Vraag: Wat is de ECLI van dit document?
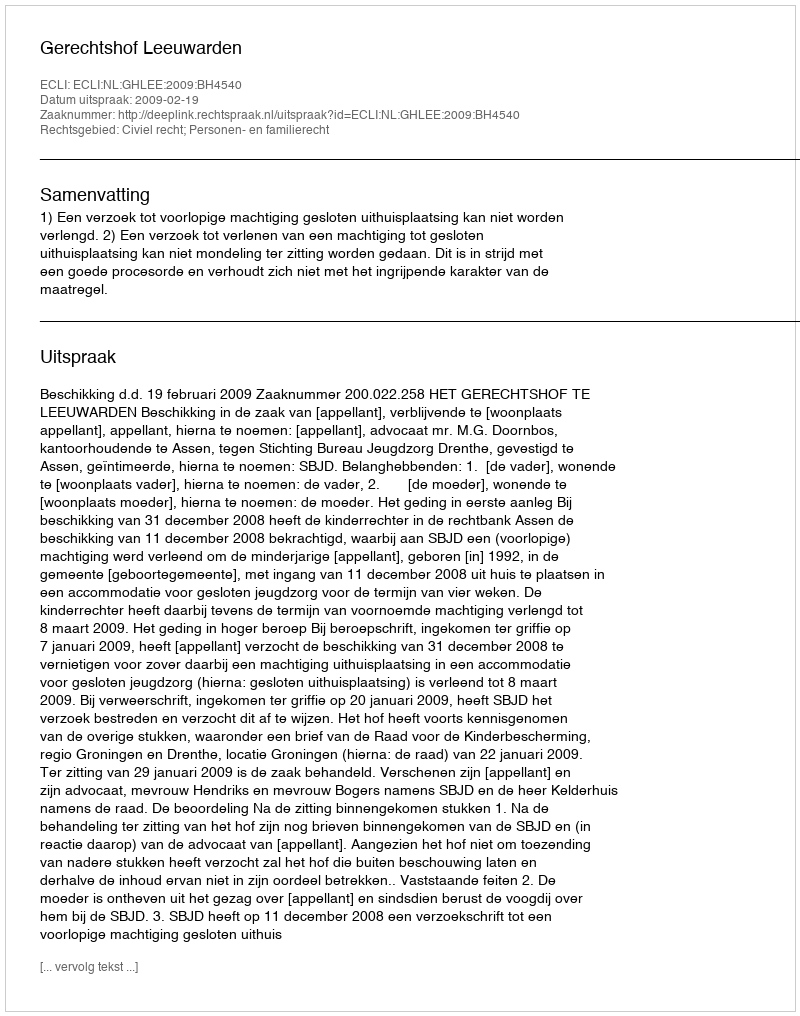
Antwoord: ECLI:NL:GHLEE:2009:BH4540